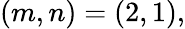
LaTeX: (m,n)=(2,1),